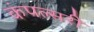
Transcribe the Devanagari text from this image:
कंपल्सरी